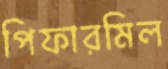
পিফারমিল